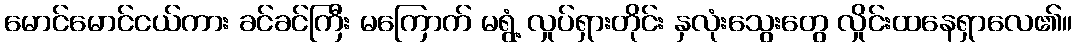
မောင်မောင်ငယ်ကား ခင်ခင်ကြီး မကြောက် မရွံ့ လှုပ်ရှားတိုင်း နှလုံးသွေးတွေ လှိုင်းထနေရှာလေ၏။